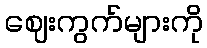
ဈေးကွက်များကို